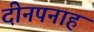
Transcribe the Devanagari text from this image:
दीनपनाह